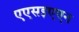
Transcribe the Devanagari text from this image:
एएसइएएन